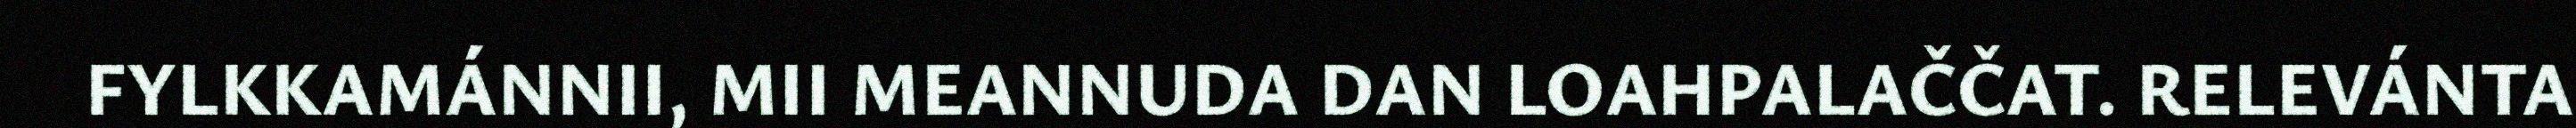
FYLKKAMÁNNII, MII MEANNUDA DAN LOAHPALAČČAT. RELEVÁNTA